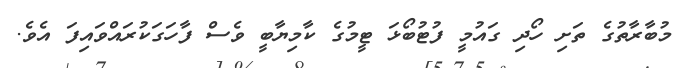
މުބާރާތުގެ ތަށި ހޯދި ގައުމީ ފުޓުބޯޅަ ޓީމުގެ ކާމިޔާބީ ވެސް ފާހަގަކުރައްވައިފަ އެވެ.